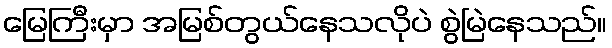
မြေကြီးမှာ အမြစ်တွယ်နေသလိုပဲ စွဲမြဲနေသည်။